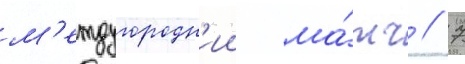
м'еждугородн'ии ма́тч // 7